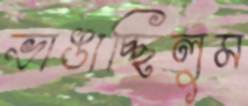
ভাঙাচ্ছিলুম